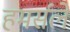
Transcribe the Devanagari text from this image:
हमर्सले